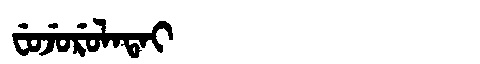
Manchu: ᠸᡠᠵᡠᡵᡠᠯᠠᡨᠠᡳ
Romanization: FUJURULATAI